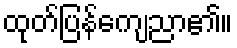
ထုတ်ပြန်ကျေညာ၏။